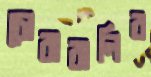
চোরাবালির